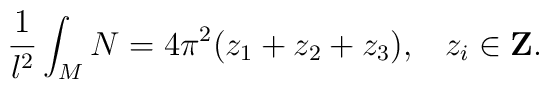
\frac{1}{l^2} \int_M N = 4\pi^2 (z_1 + z_2 + z_3),\;\;\; z_i \in\mbox{{\bf Z}}.